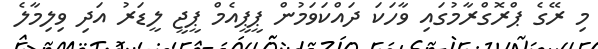
މި ރޭގެ ޕްރޮގްރާމުގައި ވާހަކަ ދައްކަވަމުން ޕީޕީއެމް ޕީޖީ ލީޑަރު އަދި ވިލިމާލެ